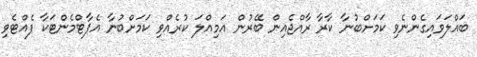
ބައްލަވައިގެންނެވި ކަމަށްބުނާ ކާރާ ރާއްޖެއިން ބޭރުން އަމިއްލަ ކުރެއްވި ކަމަށްބުނާ އެޕާޓްމެންޓަކާ ފެއްޓެވި